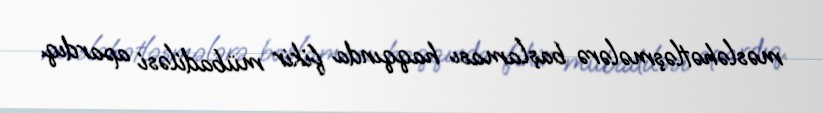
məsləhətləşmələrə başlaması haqqında fikir mübadiləsi apardıq.